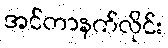
အင်တာနက်လိုင်း